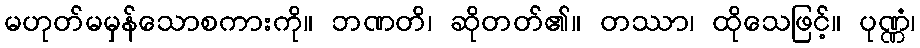
မဟုတ်မမှန်သောစကားကို။ ဘဏတိ၊ ဆိုတတ်၏။ တဿာ၊ ထိုသေဖြင့်။ ပုဏ္ဏံ၊